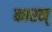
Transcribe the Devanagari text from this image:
कारन्